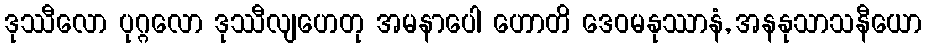
ဒုဿီလော ပုဂ္ဂလော ဒုဿီလျဟေတု အမနာပေါ ဟောတိ ဒေဝမနုဿာနံ, အနနုသာသနီယော